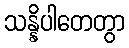
သန္နိပါတေတွာ